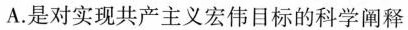
A.是对实现共产主义宏伟目标的科学阐释